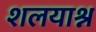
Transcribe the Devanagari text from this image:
शलयाश्न